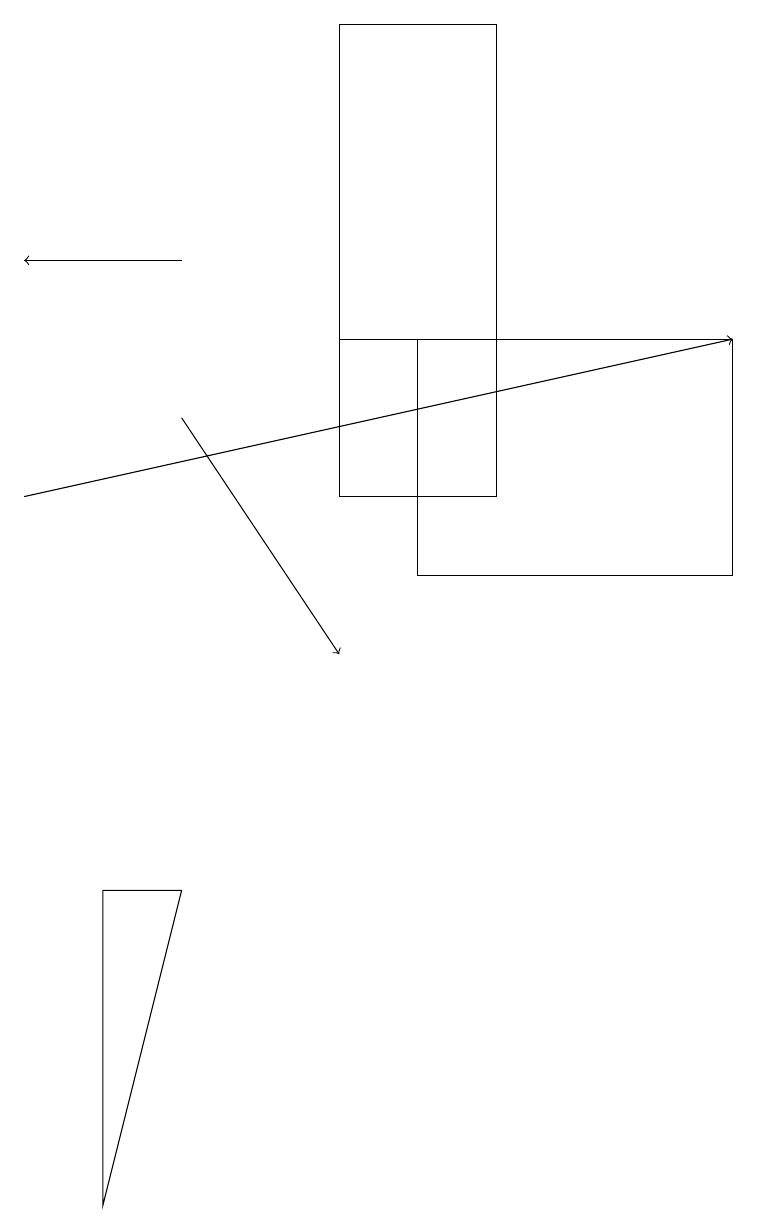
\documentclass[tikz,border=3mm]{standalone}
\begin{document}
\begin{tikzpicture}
\draw (9,12) rectangle (5,15);
\draw[->] (2,14) -- (4,11);
\draw (6,13) rectangle (4,15);
\draw (6,19) rectangle (4,13);
\draw[->] (2,16) -- (0,16);
\draw[->] (0,13) -- (9,15);
\draw (1,8) -- (2,8) -- (1,4) -- cycle;
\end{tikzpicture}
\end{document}